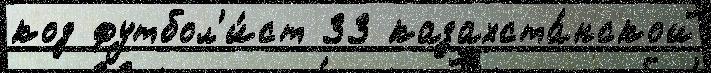
код футбол'и́ст 33 казахста́нской